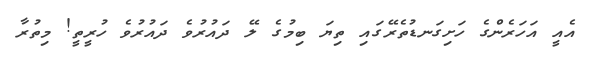
އެއީ އަހަރެންގެ ހަށިގަނޑުތެރޭގައި ތިޔަ ބިމުގެ ލޭ ދައުރުވެ ދައުރުވެ ހުރީތީ! މިތުރާ